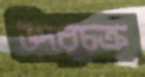
উদরচক্র